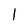
Character: l